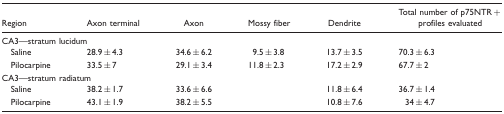
<table><thead><tr><td><b>Region</b></td><td><b>Axon terminal</b></td><td><b>Axon</b></td><td><b>Mossy fiber</b></td><td><b>Dendrite</b></td><td><b>Total number of p75NTR +profiles evaluated</b></td></tr></thead><tbody><tr><td colspan="6">CA3—stratum lucidum</td></tr><tr><td> Saline</td><td>28.9 ± 4.3</td><td>34.6 ± 6.2</td><td>9.5 ± 3.8</td><td>13.7 ± 3.5</td><td>70.3 ± 6.3</td></tr><tr><td> Pilocarpine</td><td>33.5 ± 7</td><td>29.1 ± 3.4</td><td>11.8 ± 2.3</td><td>17.2 ± 2.9</td><td>67.7 ± 2</td></tr><tr><td colspan="6">CA3—stratum radiatum</td></tr><tr><td> Saline</td><td>38.2 ± 1.7</td><td>33.6 ± 6.6</td><td></td><td>11.8 ± 6.4</td><td>36.7 ± 1.4</td></tr><tr><td> Pilocarpine</td><td>43.1 ± 1.9</td><td>38.2 ± 5.5</td><td></td><td>10.8 ± 7.6</td><td>34 ± 4.7</td></tr></tbody></table>